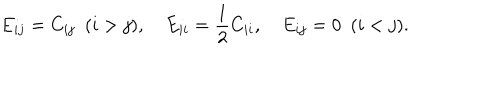
E _ { i j } = C _ { i j } \ \ ( i > j ) , E _ { i i } = { \frac { 1 } { 2 } } C _ { i i } , E _ { i j } = 0 \ \ ( i < j ) .